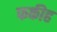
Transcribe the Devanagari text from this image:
फकीह